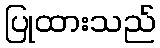
ပြုထားသည်